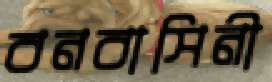
বনবাসিনী